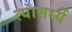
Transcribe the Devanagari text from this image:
त्यामध्यें